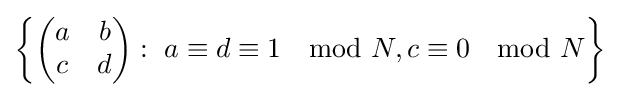
\left\{{\begin{pmatrix}a&b\\c&d\end{pmatrix}}:\ a\equiv d\equiv 1\mod N,c\equiv 0\mod N\right\}